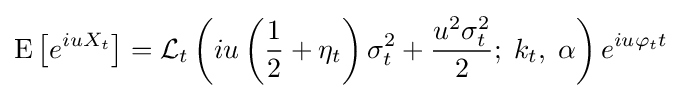
\operatorname {E} \left[e^{iuX_{t}}\right]={\cal {L}}_{t}\left(iu\left({\frac {1}{2}}+\eta _{t}\right)\sigma _{t}^{2}+{\frac {u^{2}\sigma _{t}^{2}}{2}};\;k_{t},\;\alpha \right)e^{iu\varphi _{t}t}